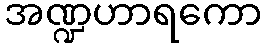
အဏ္ဍဟာရကော